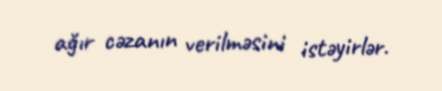
ağır cəzanın verilməsini istəyirlər.